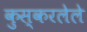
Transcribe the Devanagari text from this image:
कुस्करलेले